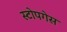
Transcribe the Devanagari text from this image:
स्टोपगेस